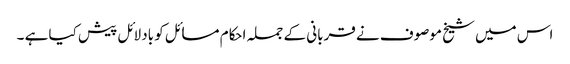
اس میں شیخ موصوف نے قربانی کے جملہ احکام مسائل کو بادلائل پیش کیا ہے ۔